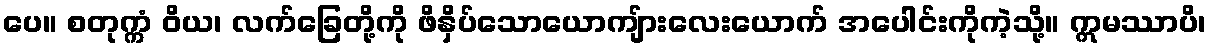
ပေ။ စတုက္ကံ ဝိယ၊ လက်ခြေတို့ကို ဖိနှိပ်သောယောကျ်ားလေးယောက် အပေါင်းကိုကဲ့သို့။ ဣမဿာပိ၊